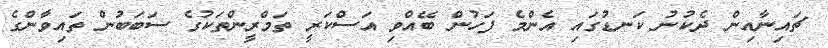
ޗައިނާއިން ދެކުނު ކަނޑުގައި އެންމެ ފަހުން ބޭއްވި އަސްކަރީ ތަމްރީންތަކުގެ ސަބަބުން ތައިވާންގެ